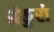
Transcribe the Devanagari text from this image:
अंकुरो